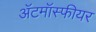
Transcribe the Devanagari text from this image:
ॲटमॉस्फीयर